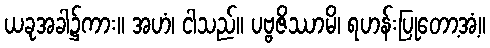
ယခုအခါ၌ကား။ အဟံ၊ ငါသည်။ ပဗ္ဗဇိဿာမိ၊ ရဟန်းပြုတော့အံ့။